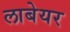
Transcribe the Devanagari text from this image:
लाबेयर